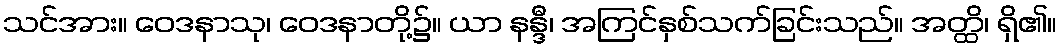
သင်အား။ ဝေဒနာသု၊ ဝေဒနာတို့၌။ ယာ နန္ဒီ၊ အကြင်နှစ်သက်ခြင်းသည်။ အတ္ထိ၊ ရှိ၏။